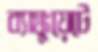
ব্যাঙ্কুয়েটে